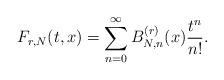
LaTeX: \begin{align*}F_{r,N}(t,x)=\sum_{n=0}^\infty B_{N,n}^{(r)}(x)\frac{t^n}{n!}.\end{align*}